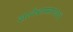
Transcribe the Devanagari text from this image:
ज्ञानेश्वरमहाराजांनी